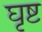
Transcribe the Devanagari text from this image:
घृष्ट